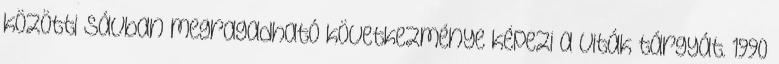
közötti sávban megragadható következménye képezi a viták tárgyát. 1990